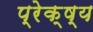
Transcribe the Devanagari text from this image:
प्रेक्ष्य